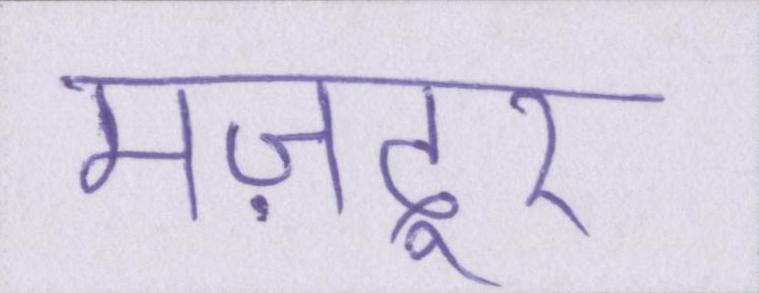
मज़दूर